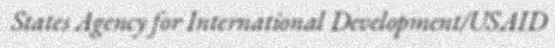
States Agency for International Development/USAID